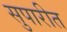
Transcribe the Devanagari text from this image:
सुपारीत